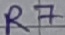
Text: R7